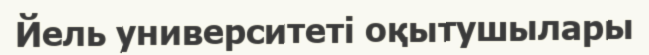
Йель университеті оқытушылары